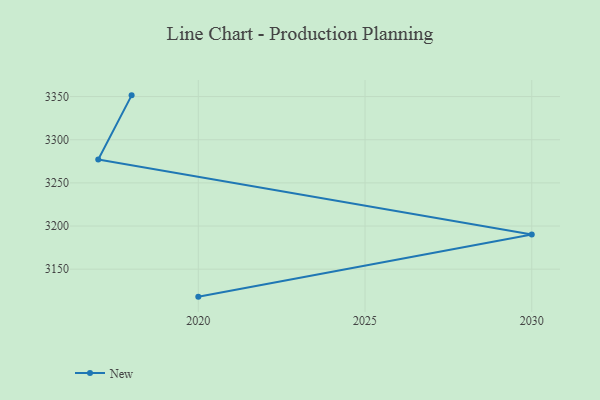
{"axis": {"x": "Year", "y": "Shipments"}, "legend": ["New"], "data": [{"x": "2020", "y": 3118.2, "type": "New"}, {"x": "2030", "y": 3190.2, "type": "New"}, {"x": "2017", "y": 3277.1, "type": "New"}, {"x": "2018", "y": 3351.4, "type": "New"}]}